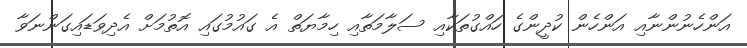
އަންހެނުންނާއި އަންހެން ކުދީންގެ ހައްގުތަކާއި ސަލާމަތާއި ހިމާޔަތް އެ ގައުމުގައި އޮތުމަށް އެދިވަޑައިގަންނަވާ